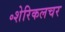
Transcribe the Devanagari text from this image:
॰शेरिकलचर